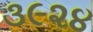
૩૯૨૪